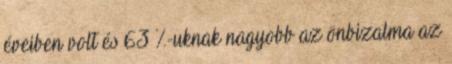
éveiben volt és 63 %-uknak nagyobb az önbizalma az